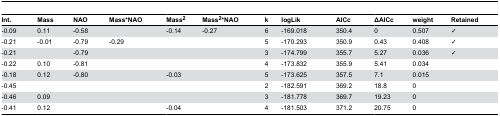
<table><thead><tr><td><b>Int.</b></td><td><b>Mass</b></td><td><b>NAO</b></td><td><b>Mass*NAO</b></td><td><b>Mass<sup>2</sup></b></td><td><b>Mass<sup>2</sup>*NAO</b></td><td><b>k</b></td><td><b>logLik</b></td><td><b>AICc</b></td><td><b>ΔAICc</b></td><td><b>weight</b></td><td><b>Retained</b></td></tr></thead><tbody><tr><td>-0.09</td><td>0.11</td><td>-0.58</td><td></td><td>-0.14</td><td>-0.27</td><td>6</td><td>-169.018</td><td>350.4</td><td>0</td><td>0.507</td><td>✓</td></tr><tr><td>-0.21</td><td>-0.01</td><td>-0.79</td><td>-0.29</td><td></td><td></td><td>5</td><td>-170.293</td><td>350.9</td><td>0.43</td><td>0.408</td><td>✓</td></tr><tr><td>-0.21</td><td></td><td>-0.79</td><td></td><td></td><td></td><td>3</td><td>-174.799</td><td>355.7</td><td>5.27</td><td>0.036</td><td>✓</td></tr><tr><td>-0.22</td><td>0.10</td><td>-0.81</td><td></td><td></td><td></td><td>4</td><td>-173.832</td><td>355.9</td><td>5.41</td><td>0.034</td><td></td></tr><tr><td>-0.18</td><td>0.12</td><td>-0.80</td><td></td><td>-0.03</td><td></td><td>5</td><td>-173.625</td><td>357.5</td><td>7.1</td><td>0.015</td><td></td></tr><tr><td>-0.45</td><td></td><td></td><td></td><td></td><td></td><td>2</td><td>-182.591</td><td>369.2</td><td>18.8</td><td>0</td><td></td></tr><tr><td>-0.46</td><td>0.09</td><td></td><td></td><td></td><td></td><td>3</td><td>-181.778</td><td>369.7</td><td>19.23</td><td>0</td><td></td></tr><tr><td>-0.41</td><td>0.12</td><td></td><td></td><td>-0.04</td><td></td><td>4</td><td>-181.503</td><td>371.2</td><td>20.75</td><td>0</td><td></td></tr></tbody></table>